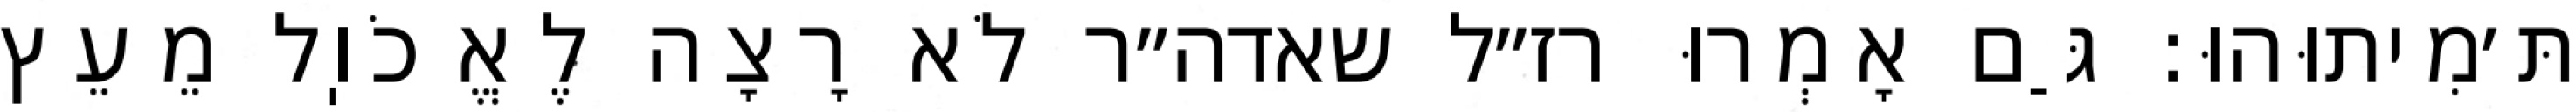
תּ׳מִיתוּהוּ: גַּם אָמְרוּ רז״ל שאדה״ר לֹא רָצָה לֶאֱכֹוֽל מֵעֵץ